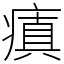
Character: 瘨